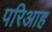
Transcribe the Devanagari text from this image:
परिआह